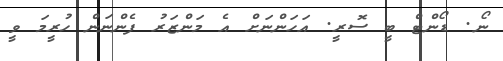
ނޯ. ޑޯންޓް ބީ ސޮރީ. އަހަންނަށް އެ މަންޒަރު ފެންނަން ހުރީމަ ވީ